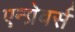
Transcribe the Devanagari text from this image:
एन्ग्रेवर्स